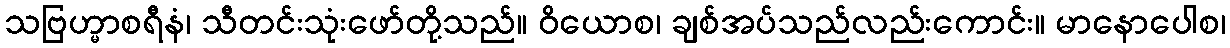
သဗြဟ္မာစရီနံ၊ သီတင်းသုံးဖော်တို့သည်။ ဝိယောစ၊ ချစ်အပ်သည်လည်းကောင်း။ မာနောပေါစ၊